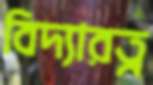
বিদ্যারত্ন